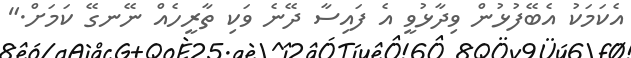
އެކަމަކު އެބޭފުޅުން ވިދާޅުވީ އެ ފައިސާ ދޭނެ ވަކި ތާރީހެއް ނޭނގޭ ކަމަށް."